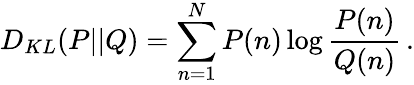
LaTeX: D_{KL}(P||Q)=\sum_{n=1}^{N}P(n)\log\frac{P(n)}{Q(n)}\, .